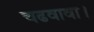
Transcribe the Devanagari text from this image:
चढवावा।